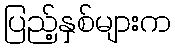
ပြည့်နှစ်များက